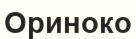
Ориноко